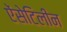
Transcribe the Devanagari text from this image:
ऐंसेटिलीन